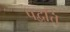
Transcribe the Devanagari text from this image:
पद्वत्ति